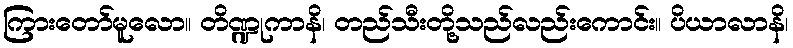
ကြားတော်မူလော။ တိဏ္ဍုကာနိ၊ တည်သီးတို့သည်လည်းကောင်း။ ပိယာလာနိ၊